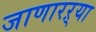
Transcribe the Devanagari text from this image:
जाणारऱ्या